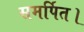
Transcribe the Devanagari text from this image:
समर्पित।